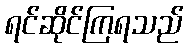
ရင်ဆိုင်ကြရသည်